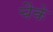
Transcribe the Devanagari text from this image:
चैके